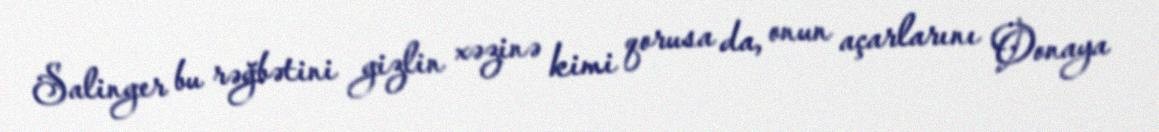
Salinger bu rəğbətini gizlin xəzinə kimi qorusa da, onun açarlarını Oonaya